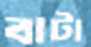
বাটা